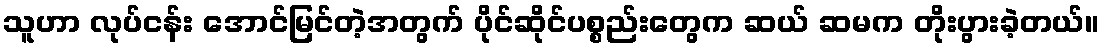
သူဟာ လုပ်ငန်း အောင်မြင်တဲ့အတွက် ပိုင်ဆိုင်ပစ္စည်းတွေက ဆယ် ဆမက တိုးပွားခဲ့တယ်။